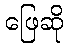
ဖြေဆို